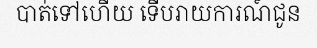
បាត់ទៅហើយ ទើបរាយការណ៍ជូន